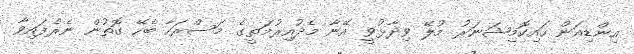
އިންޑިއަން ހައިކޮމިޝަނަރު މުލޭ ވިދާޅުވީ އޭނާ މެދުއިރުމަތީގެ މަސްރަހާ ބެހޭ ގޮތުން ނެރެފައިވާ